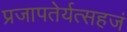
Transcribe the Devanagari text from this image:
प्रजापतेर्यत्सहजं